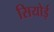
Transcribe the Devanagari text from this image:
सियोई